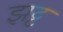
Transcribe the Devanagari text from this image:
झट्ट